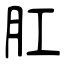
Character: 肛